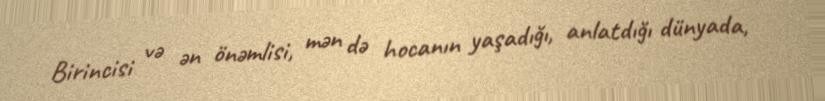
Birincisi və ən önəmlisi, mən də hocanın yaşadığı, anlatdığı dünyada,